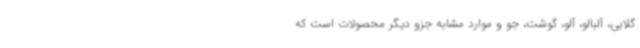
گلابی، آلبالو، آلو، گوشت، جو و موارد مشابه جزو دیگر محصولات است که